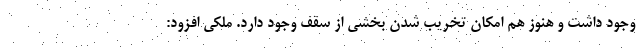
وجود داشت و هنوز هم امکان تخریب شدن بخشی از سقف وجود دارد. ملکی افزود: